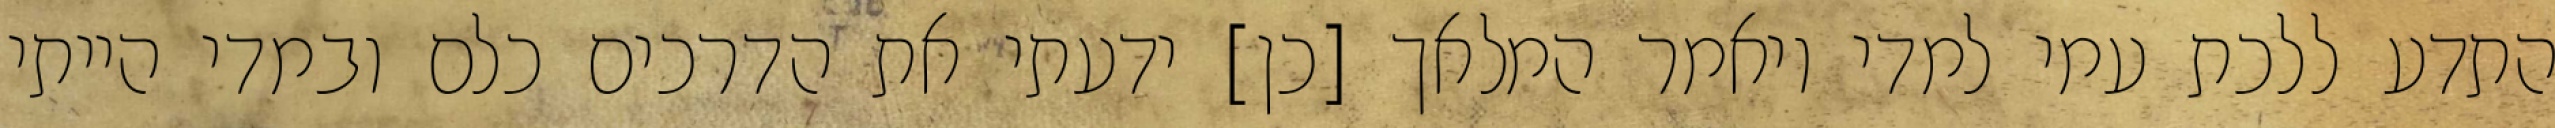
התדע ללכת עמי למדי ויאמר המלאך [כן] ידעתי את הדרכים כלם ובמדי הייתי